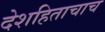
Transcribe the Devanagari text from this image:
देशहिताचाच